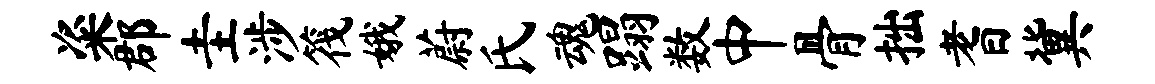
粢郡圭涉筏娥蔚氏魂蹋数中骨拙耆冀